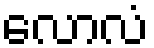
လောလံ